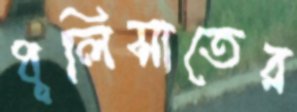
ধূলিসাতের